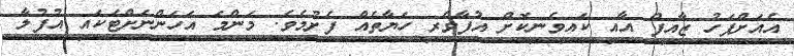
އެއަށްފަހު ޒާއިފް އާއި ކައިވެނިކޮށް އުފާވެރި ހަޔާތެއް ފެށުމެވެ. މަންމަ އަހަންނަށްޓަކައި އުފުލާ